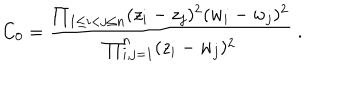
C _ { 0 } = \frac { \prod _ { 1 \leq i < j \leq n } ( z _ { i } - z _ { j } ) ^ { 2 } ( w _ { i } - w _ { j } ) ^ { 2 } } { \prod _ { i , j = 1 } ^ { n } ( z _ { i } - w _ { j } ) ^ { 2 } } \; .